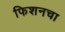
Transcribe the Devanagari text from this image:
फिशनचा